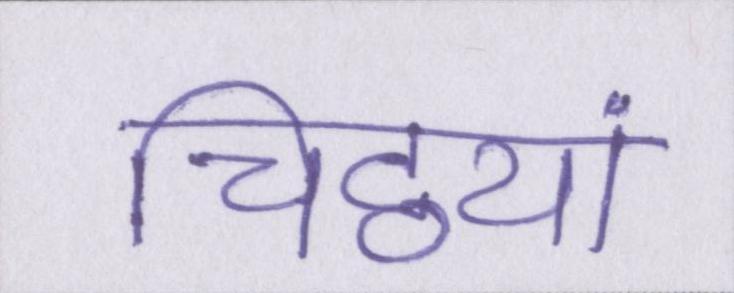
चिट्ठयां